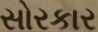
સોરકાર